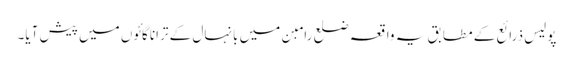
پولیس ذرائع کے مطابق یہ واقعہ ضلع رامبن میں بانہال کے ترانا گائوں میں پیش آیا۔